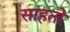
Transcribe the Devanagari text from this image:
साहतो